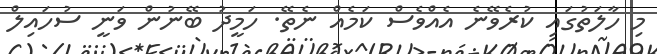
މި ހާލަތުގައި ކުރެވޭނެ އެއްވެސް ކަމެއް ނެތޭ. ހަމީދު ބޭނުން ވަނީ ސުހައިލް